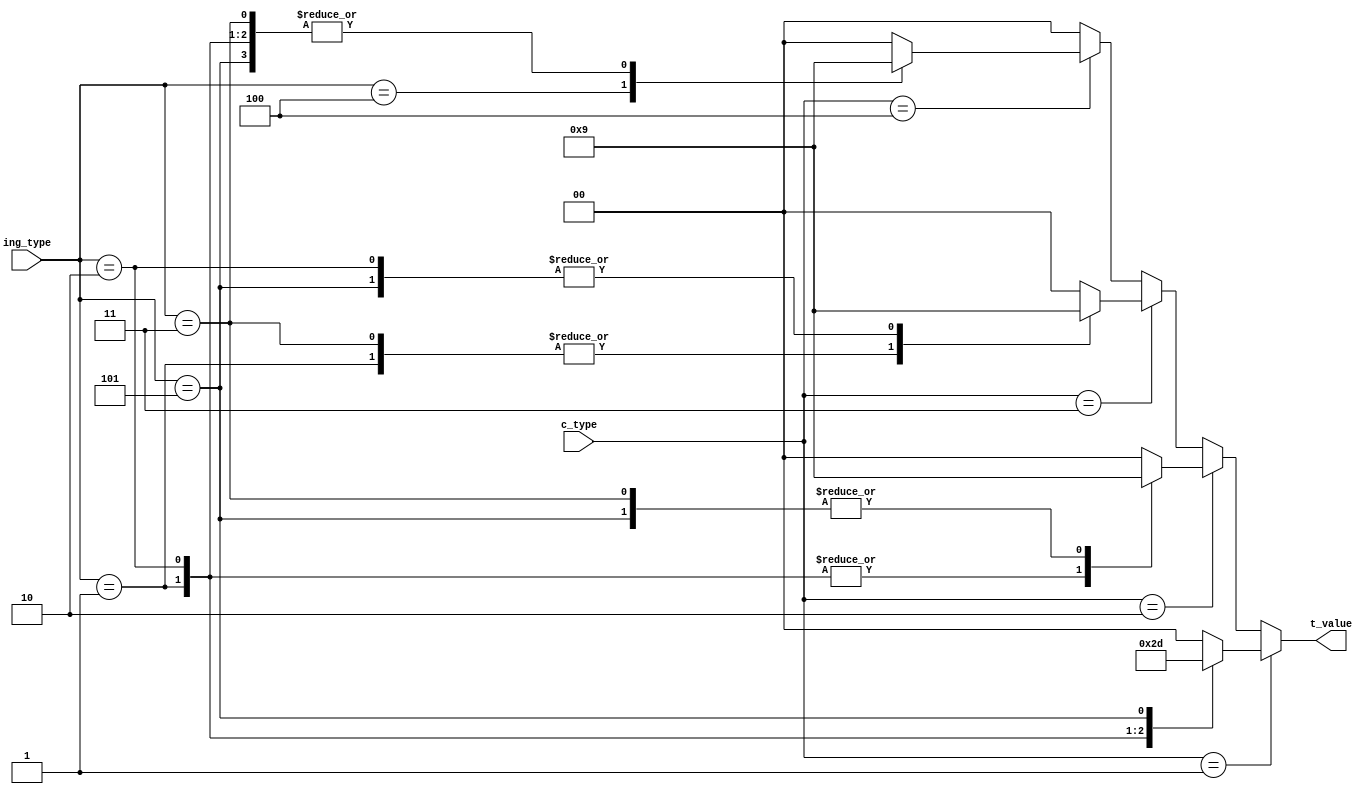
`timescale 1ns / 1ps
//////////////////////////////////////////////////////////////////////////////////
// Company: 
// Engineer: 
// 
// Design Name: 
// Module Name:    TimeSelector 
// Project Name: 
// Target Devices: 
// Tool versions: 
// Description: 
//
// Dependencies: 
//
// Revision: 
// Revision 0.01 - File Created
// Additional Comments: 
//
//////////////////////////////////////////////////////////////////////////////////
module TimeSelector(
    input [2:0] c_type,
    input [2:0] ing_type,
    output reg [1:0] t_value
    );
always @(*)
begin
		if (c_type == 3'b001)
			case(ing_type)
				3'b001: t_value = 2;
				3'b010: t_value = 3;
				3'b011: t_value = 0;
				3'b100: t_value = 0;
				3'b101: t_value = 1;
				default: t_value = 0;
			endcase
		else if (c_type == 3'b010)
			case(ing_type)
				3'b001: t_value = 2;
				3'b010: t_value = 2;
				3'b011: t_value = 1;
				3'b100: t_value = 0;
				3'b101: t_value = 1;
				default: t_value = 0;
			endcase
		else if (c_type == 3'b011)
			case(ing_type)
				3'b001: t_value = 2;
				3'b010: t_value = 1;
				3'b011: t_value = 2;
				3'b100: t_value = 0;
				3'b101: t_value = 1;
				default: t_value = 0;
			endcase
		else if (c_type == 3'b100)
			case(ing_type)
				3'b001: t_value = 1;
				3'b010: t_value = 1;
				3'b011: t_value = 1;
				3'b100: t_value = 2;
				3'b101: t_value = 1;
				default: t_value = 0;
			endcase
		else
			t_value = 0;	
end

endmodule